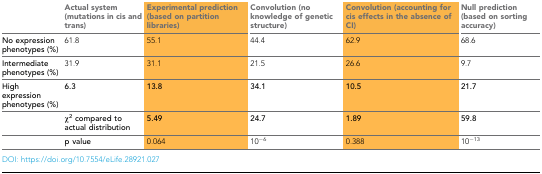
|  | Actual system (mutations in cis and trans) | Experimental prediction (based on partition libraries) | Convolution (no knowledge of genetic structure) | Convolution (accounting for cis effects in the absence of CI) | Null prediction (based on sorting accuracy) |
 | --- | --- | --- | --- | --- | --- |
 | No expression phenotypes (%) | 61.8 | 55.1 | 44.4 | 62.9 | 68.6 |
 | Intermediate phenotypes (%) | 31.9 | 31.1 | 21.5 | 26.6 | 9.7 |
 | High expression phenotypes (%) | 6.3 | 13.8 | 34.1 | 10.5 | 21.7 |
 |  | χ2 compared to actual distribution | 5.49 | 24.7 | 1.89 | 59.8 |
 |  | p value | 0.064 | 10−6 | 0.388 | 10−13 |